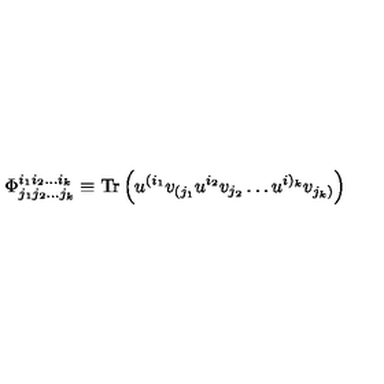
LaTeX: \Phi _ { j _ { 1 } j _ { 2 } \dots j _ { k } } ^ { i _ { 1 } i _ { 2 } \dots i _ { k } } \equiv \mathrm { T r } \left( u ^ { ( i _ { 1 } } v _ { ( j _ { 1 } } u ^ { i _ { 2 } } v _ { j _ { 2 } } \dots u ^ { i ) _ { k } } v _ { j _ { k } ) } \right)